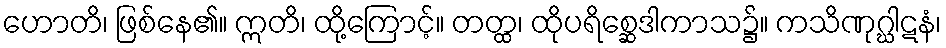
ဟောတိ၊ ဖြစ်နေ၏။ ဣတိ၊ ထို့ကြောင့်။ တတ္ထ၊ ထိုပရိစ္ဆေဒါကာသ၌။ ကသိဏုဂ္ဃါဋနံ၊